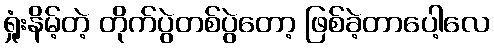
ရှုံးနိမ့်တဲ့ တိုက်ပွဲတစ်ပွဲတော့ ဖြစ်ခဲ့တာပေါ့လေ